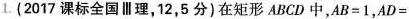
1. (2017课标全国Ⅲ理，12，5分)在矩形ABCD中，AB=1，AD